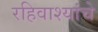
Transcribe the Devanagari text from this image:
रहिवाश्यांचे